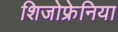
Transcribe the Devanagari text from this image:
शिजोफ्रेनिया